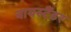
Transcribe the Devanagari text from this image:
बायस्टैंडर